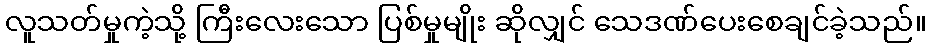
လူသတ်မှုကဲ့သို့ ကြီးလေးသော ပြစ်မှုမျိုး ဆိုလျှင် သေဒဏ်ပေးစေချင်ခဲ့သည်။